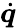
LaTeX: \dot{\boldsymbol{q}}